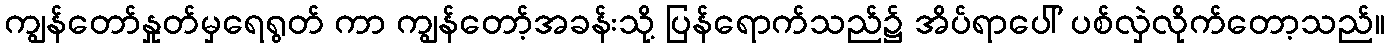
ကျွန်တော်နှုတ်မှရေရွတ် ကာ ကျွန်တော့်အခန်းသို့ ပြန်ရောက်သည်၌ အိပ်ရာပေါ် ပစ်လှဲလိုက်တော့သည်။